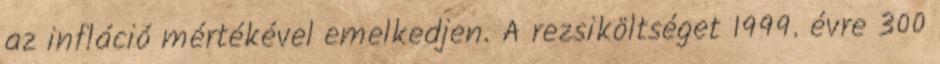
az infláció mértékével emelkedjen. A rezsiköltséget 1999. évre 300